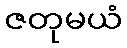
ဇတုမယံ